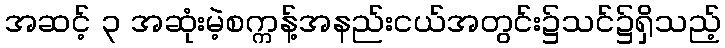
အဆင့် ၃ အဆုံးမဲ့စက္ကန့်အနည်းငယ်အတွင်း၌သင်၌ရှိသည့်